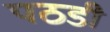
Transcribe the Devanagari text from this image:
पठडी